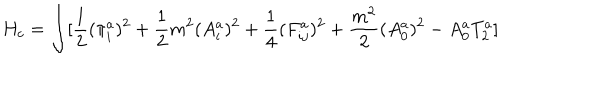
H _ { c } = \int [ \frac { 1 } { 2 } ( \pi _ { i } ^ { a } ) ^ { 2 } + \frac { 1 } { 2 } m ^ { 2 } ( A _ { i } ^ { a } ) ^ { 2 } + \frac { 1 } { 4 } ( F _ { i j } ^ { a } ) ^ { 2 } + \frac { m ^ { 2 } } { 2 } ( A _ { 0 } ^ { a } ) ^ { 2 } - A _ { 0 } ^ { a } T _ { 2 } ^ { a } ]